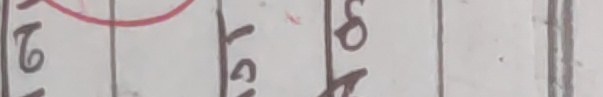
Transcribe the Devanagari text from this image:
हो हो